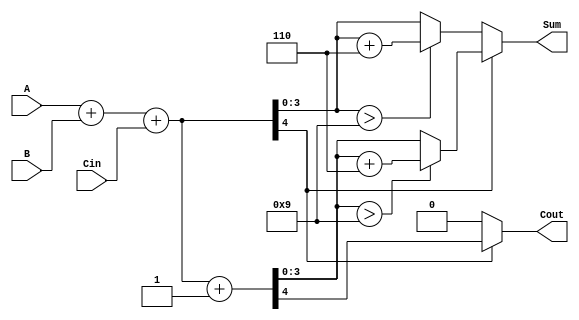
module BCD_MCSA (
    input [3:0] A,      // BCD input A
    input [3:0] B,      // BCD input B
    input Cin,          // Carry-in
    output reg [3:0] Sum, // BCD output Sum
    output reg Cout      // Carry-out
);

    wire [4:0] sum0;    // Sum for A + B + 0
    wire [4:0] sum1;    // Sum for A + B + 1
    wire carry0;        // Carry-out for sum0
    wire carry1;        // Carry-out for sum1

    // Path 0: A + B + 0
    assign sum0 = A + B + Cin;
    assign carry0 = sum0[4]; // Carry-out for Path 0

    // Path 1: A + B + 1
    assign sum1 = A + B + Cin + 1;
    assign carry1 = sum1[4]; // Carry-out for Path 1

    // BCD Correction Logic
    wire [3:0] corrected_sum0;
    wire [3:0] corrected_sum1;

    // Check if sum0 requires correction
    assign corrected_sum0 = (sum0[3:0] > 9) ? (sum0[3:0] + 6) : sum0[3:0];

    // Check if sum1 requires correction
    assign corrected_sum1 = (sum1[3:0] > 9) ? (sum1[3:0] + 6) : sum1[3:0];

    // MUX to select the correct sum based on carry
    always @(*) begin
        if (carry0) begin
            Sum = corrected_sum1; // Use Path 1
            Cout = carry1;        // Carry-out from Path 1
        end else begin
            Sum = corrected_sum0; // Use Path 0
            Cout = carry0;        // Carry-out from Path 0
        end
    end

endmodule